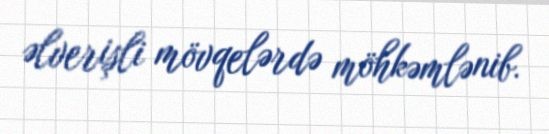
əlverişli mövqelərdə möhkəmlənib.